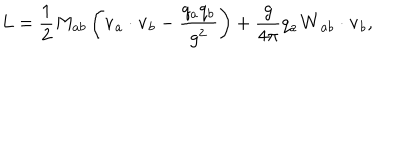
L = \frac { 1 } { 2 } M _ { a b } \left( { \bf v } _ { a } \cdot { \bf v } _ { b } - { \frac { q _ { a } q _ { b } } { g ^ { 2 } } } \right) + \frac { g } { 4 \pi } q _ { a } { \bf W } _ { a b } \cdot { \bf v } _ { b } ,